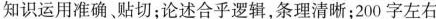
知识运用准确。贴切；论述合乎逻辑，条理清晰；200字左右